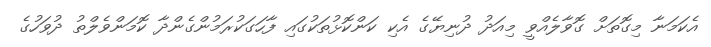
އެކަމަނާ މިގޮތަށް ގޮވާލެއްވީ މިއަދު ދުނިޔޭގެ އެކި ކަންކޮޅުތަކުގައި ފާހަގަކުރަމުންގެންދާ ކޮމަންވެލްތު ދުވަހުގެ